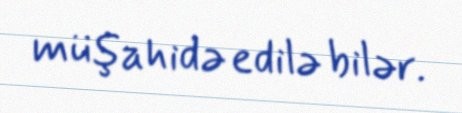
müşahidə edilə bilər.